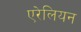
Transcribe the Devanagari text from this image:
एरेलियन